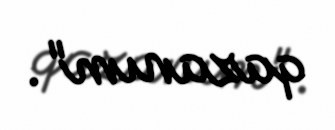
qazanım".